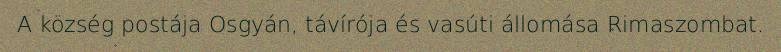
A község postája Osgyán, távírója és vasúti állomása Rimaszombat.